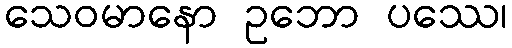
သေဝမာနော ဥဘော ပဿေ၊